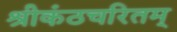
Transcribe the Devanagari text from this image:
श्रीकंठचरितम्‌